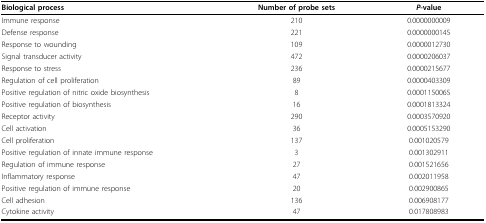
| Biological process | Number of probe sets | P-value |
 | --- | --- | --- |
 | Immune response | 210 | 0.0000000009 |
 | Defense response | 221 | 0.0000000145 |
 | Response to wounding | 109 | 0.0000012730 |
 | Signal transducer activity | 472 | 0.0000206037 |
 | Response to stress | 236 | 0.0000215677 |
 | Regulation of cell proliferation | 89 | 0.0000403309 |
 | Positive regulation of nitric oxide biosynthesis | 8 | 0.0001150065 |
 | Positive regulation of biosynthesis | 16 | 0.0001813324 |
 | Receptor activity | 290 | 0.0003570920 |
 | Cell activation | 36 | 0.0005153290 |
 | Cell proliferation | 137 | 0.001020579 |
 | Positive regulation of innate immune response | 3 | 0.001302911 |
 | Regulation of immune response | 27 | 0.001521656 |
 | Inflammatory response | 47 | 0.002011958 |
 | Positive regulation of immune response | 20 | 0.002900865 |
 | Cell adhesion | 136 | 0.006908177 |
 | Cytokine activity | 47 | 0.017808983 |